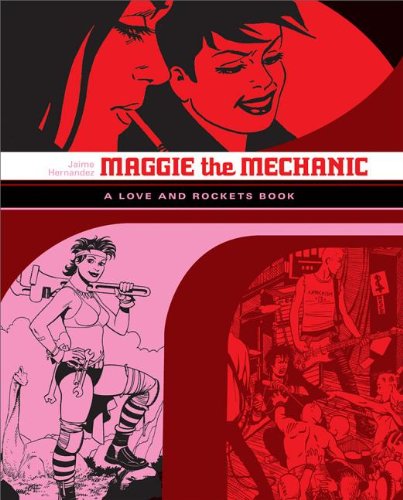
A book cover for Maggie the Mechanic (Love & Rockets); Comics & Graphic Novels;